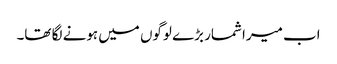
اب میرا شمار بڑے لوگوں میں ہونے لگا تھا۔